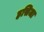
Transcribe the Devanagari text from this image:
हसिजा